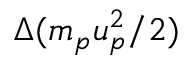
\Delta ( m _ { p } u _ { p } ^ { 2 } / 2 )